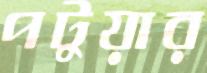
পটুয়ার